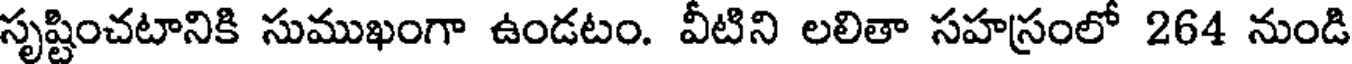
సృష్టించటానికి సుముఖంగా ఉండటం. వీటిని లలితా సహస్రంలో 264 నుండి